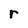
Character: r